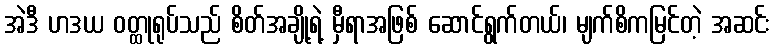
အဲဒီ ဟဒယ ဝတ္ထုရုပ်သည် စိတ်အချို့ရဲ့ မှီရာအဖြစ် ဆောင်ရွက်တယ်၊ မျက်စိကမြင်တဲ့ အဆင်း